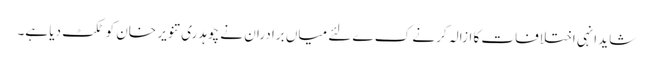
شاید انہی اختلافات کا ازالہ کرنے ک ے لئے میاں برادران نے چوہدری تنویر خان کو ٹکٹ دیا ہے۔